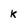
Character: k